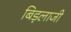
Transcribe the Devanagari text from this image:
बिड़लाजी